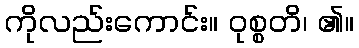
ကိုလည်းကောင်း။ ဝုစ္စတိ၊ ၏။